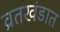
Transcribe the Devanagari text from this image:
व्रतखंडात